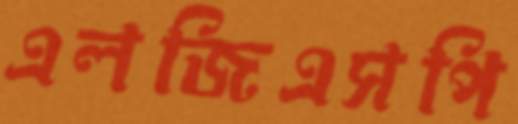
এলজিএসপি